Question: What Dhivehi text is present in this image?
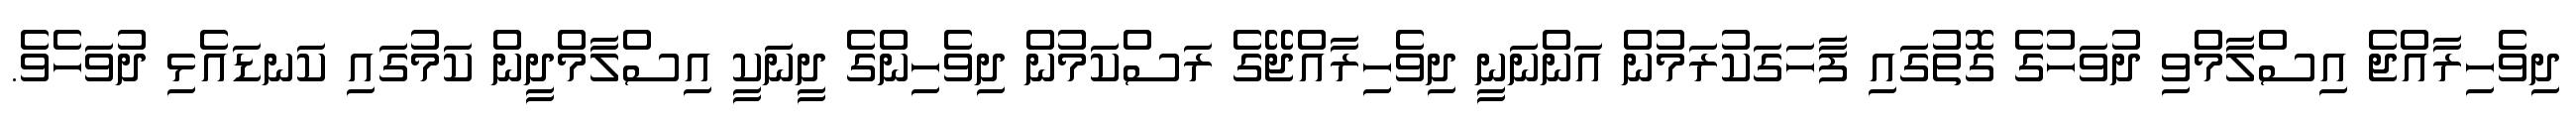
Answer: ދިވެހިރާއްޖެ އިސްލާމްވި ދުވަހުގެ ގޮތުގައި ފާހަގަކުރަމުން އަންނަނީ ދިވެހިރާއްޖޭގެ ރަސްކަމުން ދިވެހިންގެ ދީނަކީ އިސްލާމްދީން ކަމުގައި ކަނޑައެޅި ދުވަހެވެ.